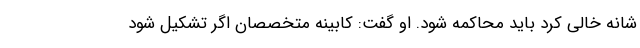
شانه خالی کرد باید محاکمه شود. او گفت: کابینه متخصصان اگر تشکیل شود